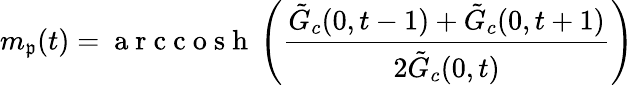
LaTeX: m_{\mathfrak{p}}(t)=\mathrm{{~a~r~c~c~o~s~h~}}\left(\frac{{\tilde{{G}}_{c}(0,t-1)+\tilde{{G}}_{c}(0,t+1)}}{{2\tilde{{G}}_{c}(0,t)}}\right)